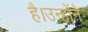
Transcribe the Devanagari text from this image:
है।उन्होंने